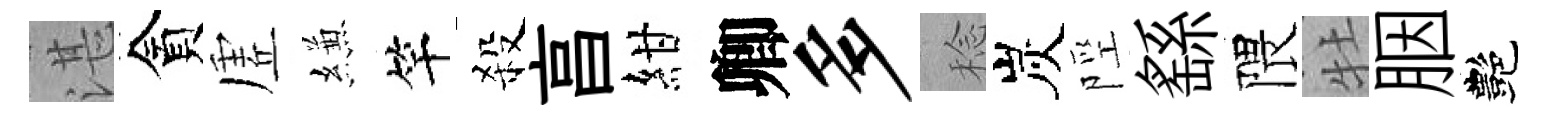
湛貪虗縑竿殺亯紺卿多稔炭陘繇隈牡胭艷